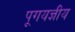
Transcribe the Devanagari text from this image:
पूगयज्ञीय